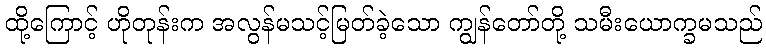
ထို့ကြောင့် ဟိုတုန်းက အလွန်မသင့်မြတ်ခဲ့သော ကျွန်တော်တို့ သမီးယောက္ခမသည်